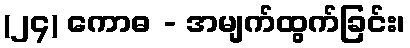
(၂၄) ကောဓ - အမျက်ထွက်ခြင်း၊